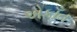
એકાઁત